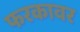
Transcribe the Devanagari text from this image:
फरकावर